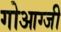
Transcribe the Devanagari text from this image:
गोआग्जी